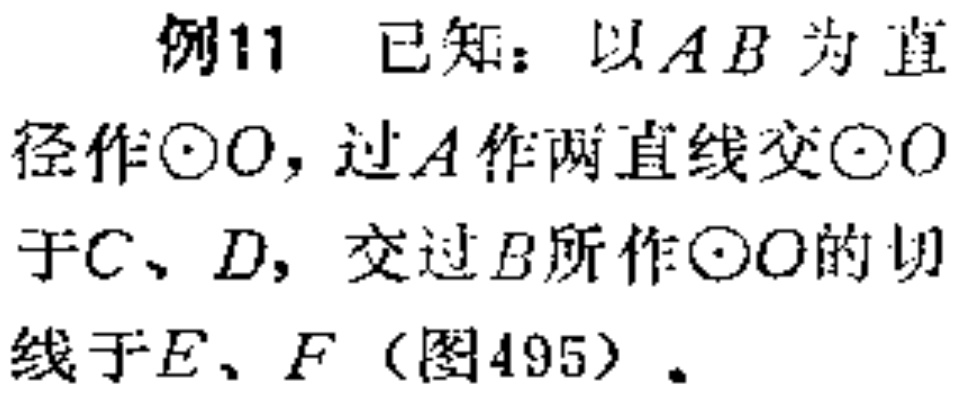
例11 已知：以$AB$为直径作$\odot O$，过$A$作两直线交$\odot O$于$C$、$D$，交过$B$所作$\odot O$的切线于$E$、$F$（图495）。